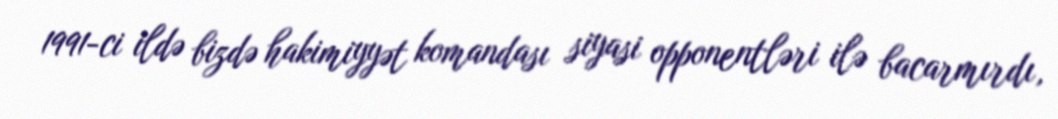
1991-ci ildə bizdə hakimiyyət komandası siyasi opponentləri ilə bacarmırdı,